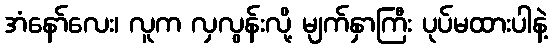
အံနော်လေး၊ လူက လှလွန်းလို့ မျက်နှာကြီး ပုပ်မထားပါနဲ့